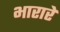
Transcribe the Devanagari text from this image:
भारारे